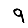
Digit: 9